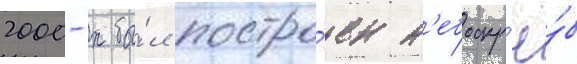
2000-х бы́л постро́ен н'ебоскр'ё́б